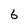
Character: 6